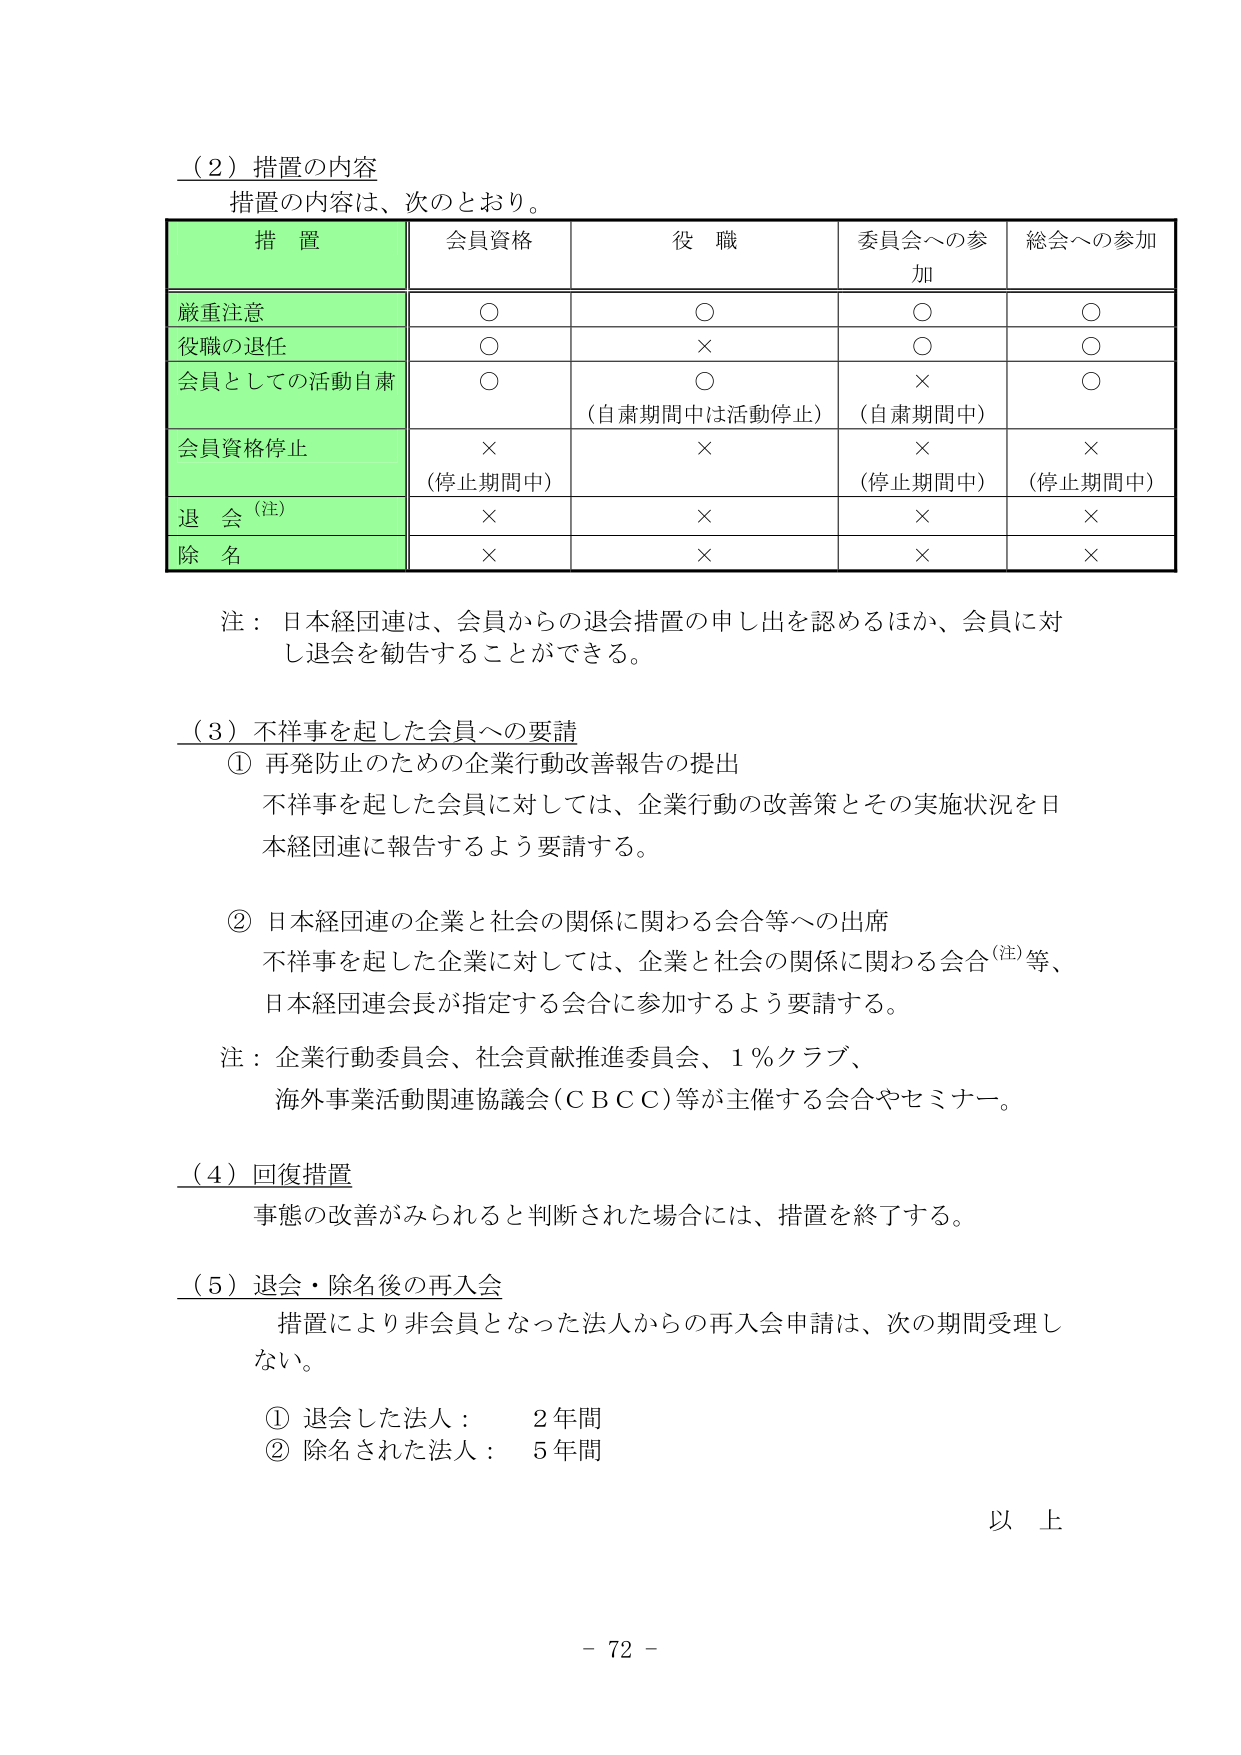
（2）措置の内容
措置の内容は、次のとおり。

措 置 | 会員資格 | 役 職 | 委員会への参加 | 総会への参加
---|---|---|---|---
厳重注意 | ○ | ○ | ○ | ○
役職の退任 | ○ | × | ○ | ○
会員としての活動自粛 | ○ | ○ | × | ○
　　（自粛期間中は活動停止） | 　　（自粛期間中）
会員資格停止 | × | × | × | ×
　　（停止期間中） | 　　（停止期間中） | 　　（停止期間中）
退 会（注） | × | × | × | ×
除 名 | × | × | × | ×

注：日本経団連は、会員からの退会措置の申し出を認めるほか、会員に対し退会を勧告することができる。

（3）不祥事を起した会員への要請
① 再発防止のための企業行動改善報告の提出
　不祥事を起した会員に対しては、企業行動の改善策とその実施状況を日本経団連に報告するよう要請する。

② 日本経団連の企業と社会の関係に関わる会合等への出席
　不祥事を起した企業に対しては、企業と社会の関係に関わる会合（注）等、日本経団連会長が指定する会合に参加するよう要請する。

注：企業行動委員会、社会貢献推進委員会、1％クラブ、
　　海外事業活動関連協議会（ＣＢＣＣ）等が主催する会合やセミナー。

（4）回復措置
　事態の改善がみられると判断された場合には、措置を終了する。

（5）退会・除名後の再入会
　措置により非会員となった法人からの再入会申請は、次の期間受理しない。
　① 退会した法人：　2年間
　② 除名された法人：　5年間

以 上

－ 72 －